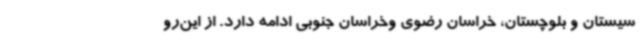
سیستان و بلوچستان، خراسان رضوی وخراسان جنوبی ادامه دارد. از این‌رو